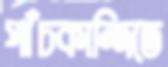
পাঁচকান্দিতে